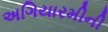
અગિયારમીની